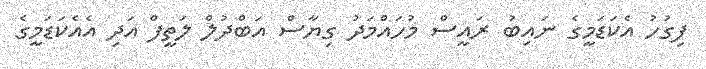
ފިގުހު އެކަޑަމީގެ ނައިބު ރައީސް މުހައްމަދު ގިޔާސް އަބްދުލް ލަތީފް އަދި އެއެކަޑަމީގެ